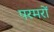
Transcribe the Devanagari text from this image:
परमरों